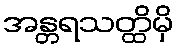
အန္တရသတ္ထိမှိ